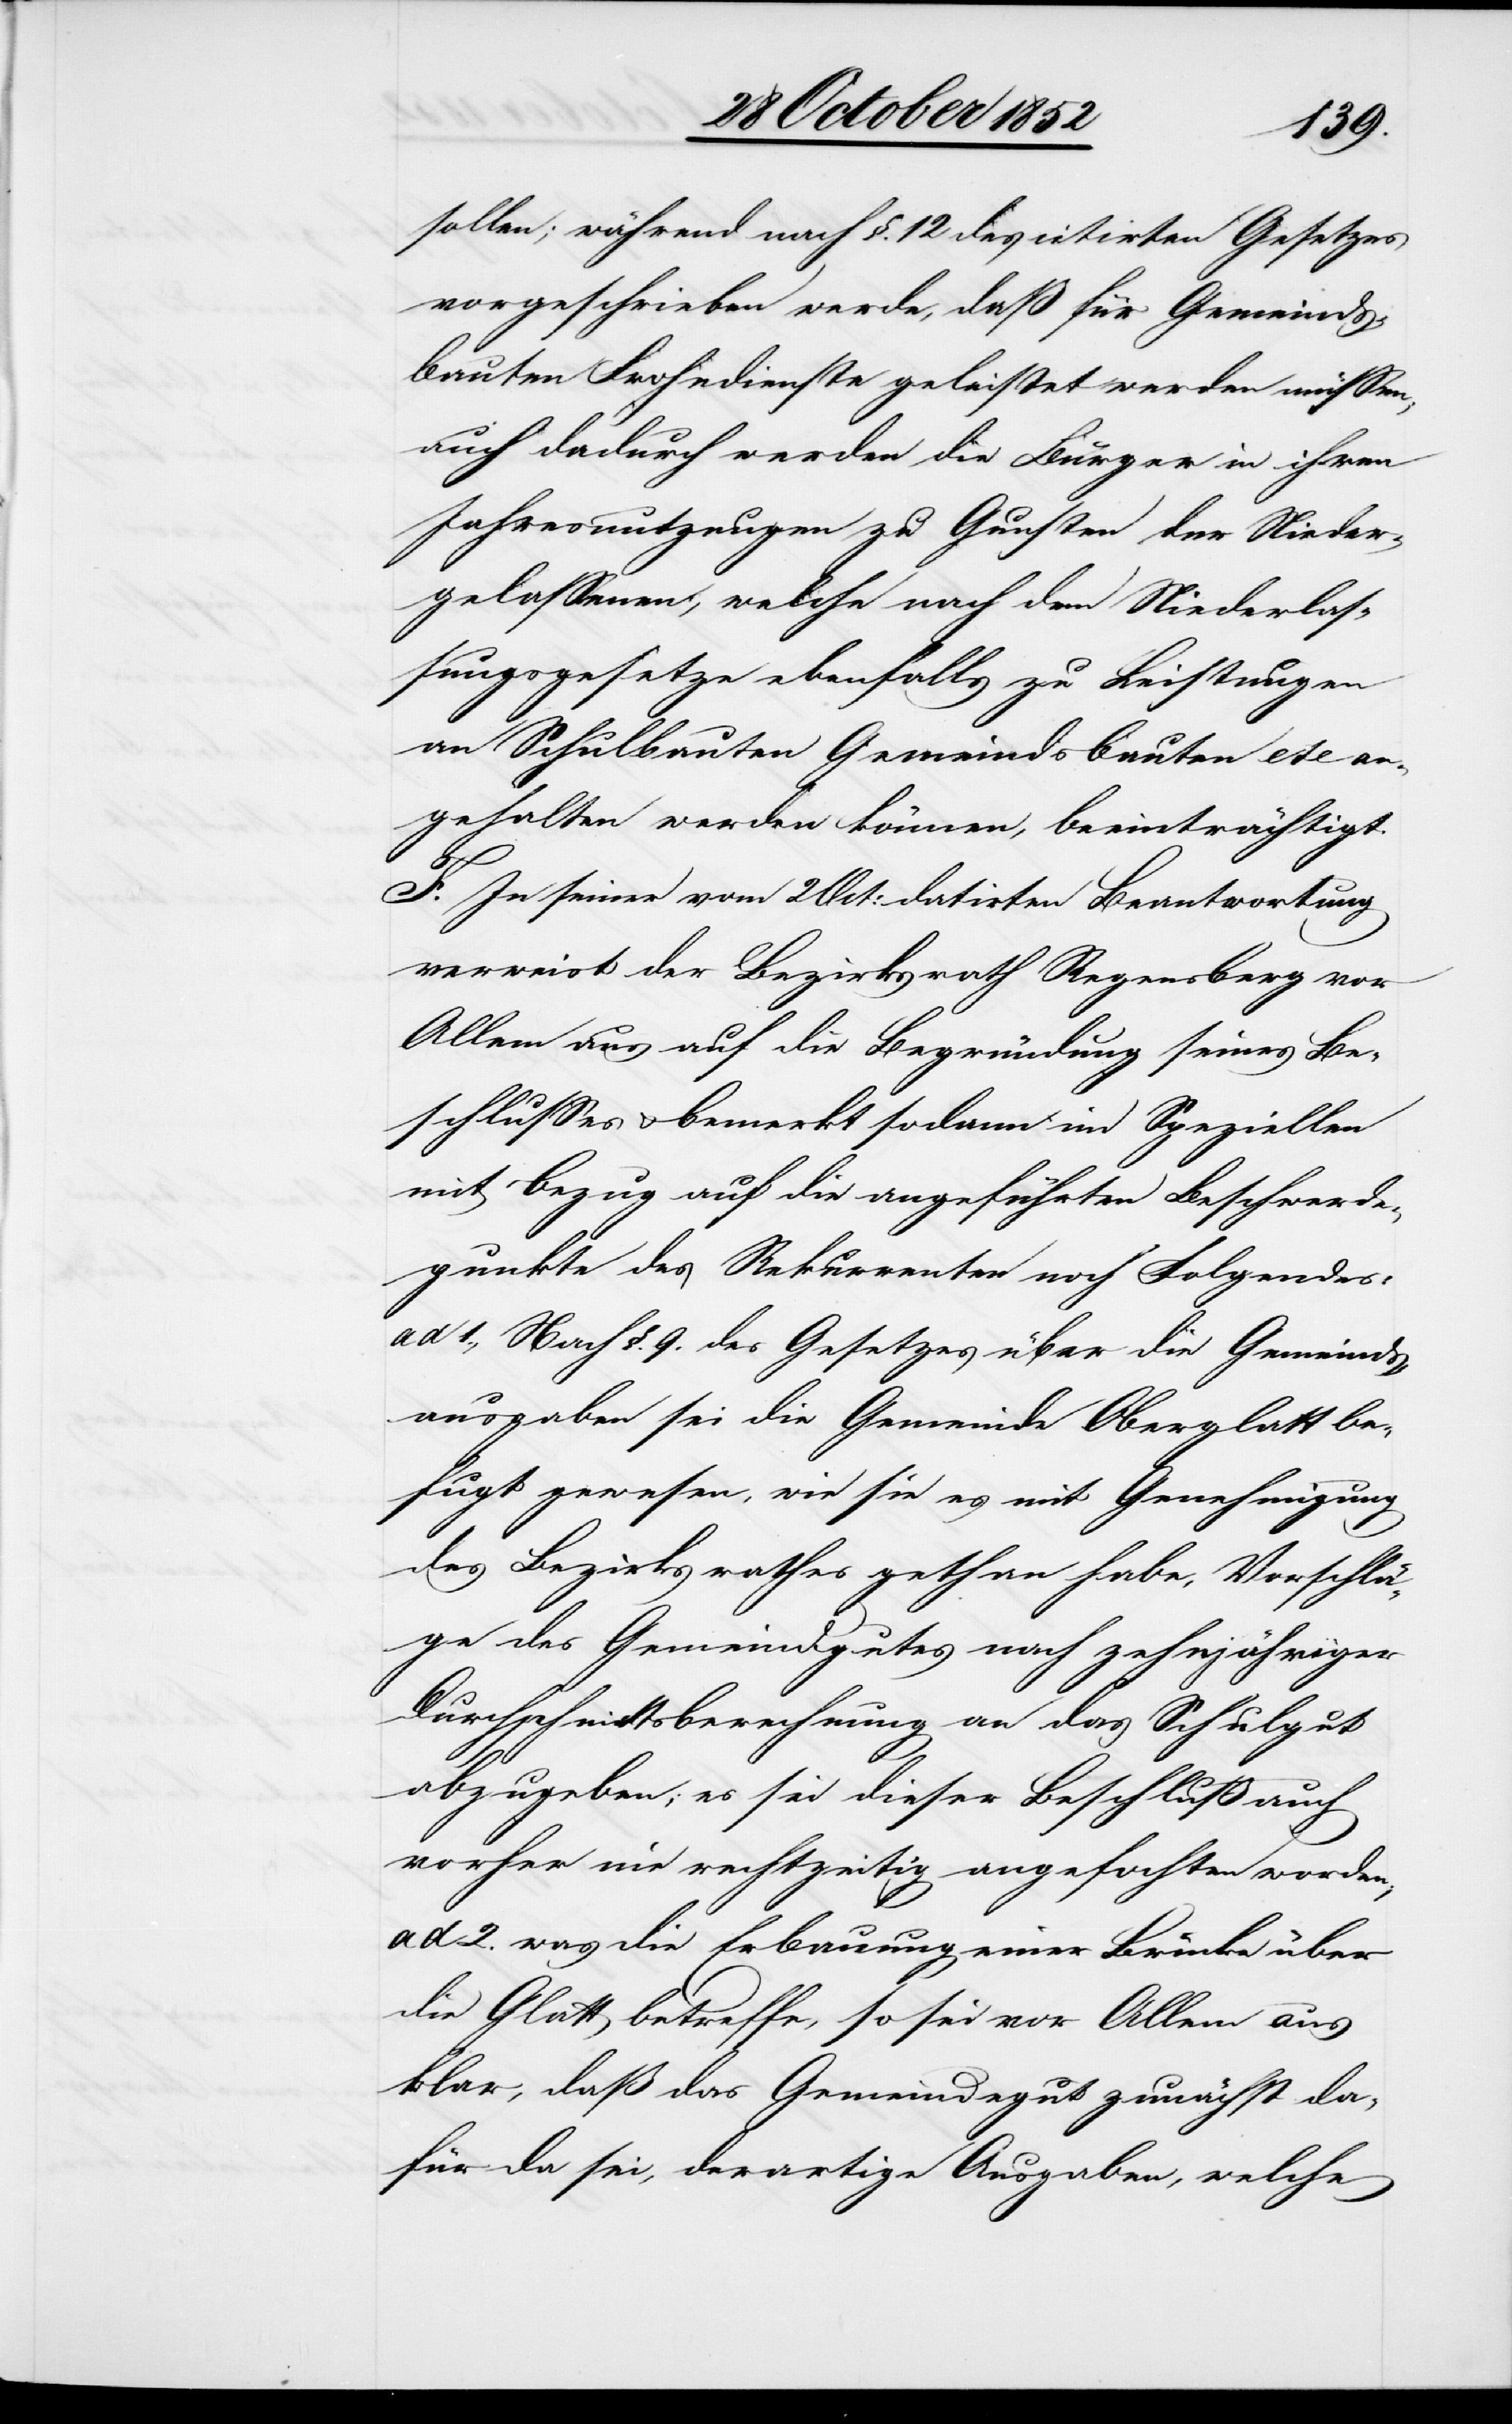
sollen; während nach §. 12 des citirten Gesetzes
vorgeschrieben werde, daß für Gemeinds¬
bauten Frohndienste geleistet werden müssen;
auch dadurch werden die Bürger in ihren
Jahresnutzungen zu Gunsten der Nieder¬
gelassenen, welche nach dem Niederlas¬
sungsgesetze ebenfalls zu Leistungen
an Schulbauten[,] Gemeindsbauten etc an¬
gehalten werden können, beeinträchtigt.
F. In seiner vom 2 Oct: datirten Beantwortung
verweist der Bezirksrath Regensberg vor
Allem aus auf die Begründung seines Be¬
schlusses & bemerkt sodann im Speziellen
mit Bezug auf die angeführten Beschwerde¬
punkte des Rekurrenten noch Folgendes:
ad 1., Nach §. 9. des Gesetzes über die Gemeinds¬
ausgaben sei die Gemeinde Oberglatt be¬
fugt gewesen, wie sie es mit Genehmigung
des Bezirksrathes gethan habe, Vorschlä¬
ge des Gemeindgutes nach zehnjähriger
Durchschnittsberechnung an das Schulgut
abzugeben; es sei dieser Beschluß auch
vorher nie rechtzeitig angefochten worden;
ad 2. was die Erbauung einer Brücke über
die Glatt betreffe, so sei vor Allem aus
klar, daß das Gemeindegut zunächst da¬
für da sei, derartige Ausgaben, welche